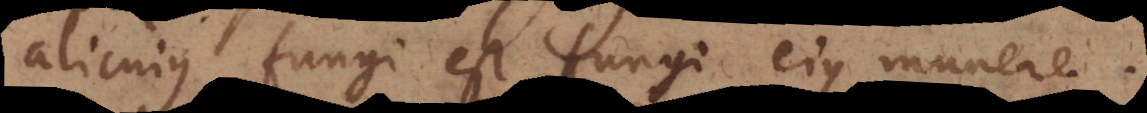
alicujus fungi est fungi ejus munere.